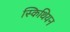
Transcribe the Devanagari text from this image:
स्किथियन